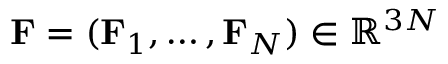
{ \bf F } = ( { \bf F } _ { 1 } , \dots , { \bf F } _ { N } ) \in { \mathbb R } ^ { 3 N }